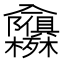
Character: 𭁃